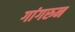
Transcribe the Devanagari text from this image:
गांगरुन